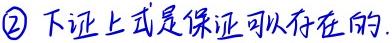
$\textcircled{2}$ 下证上式是保证可以存在的.